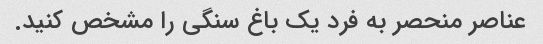
عناصر منحصر به فرد یک باغ سنگی را مشخص کنید.